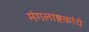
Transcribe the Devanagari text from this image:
मंगलाष्टकांचे